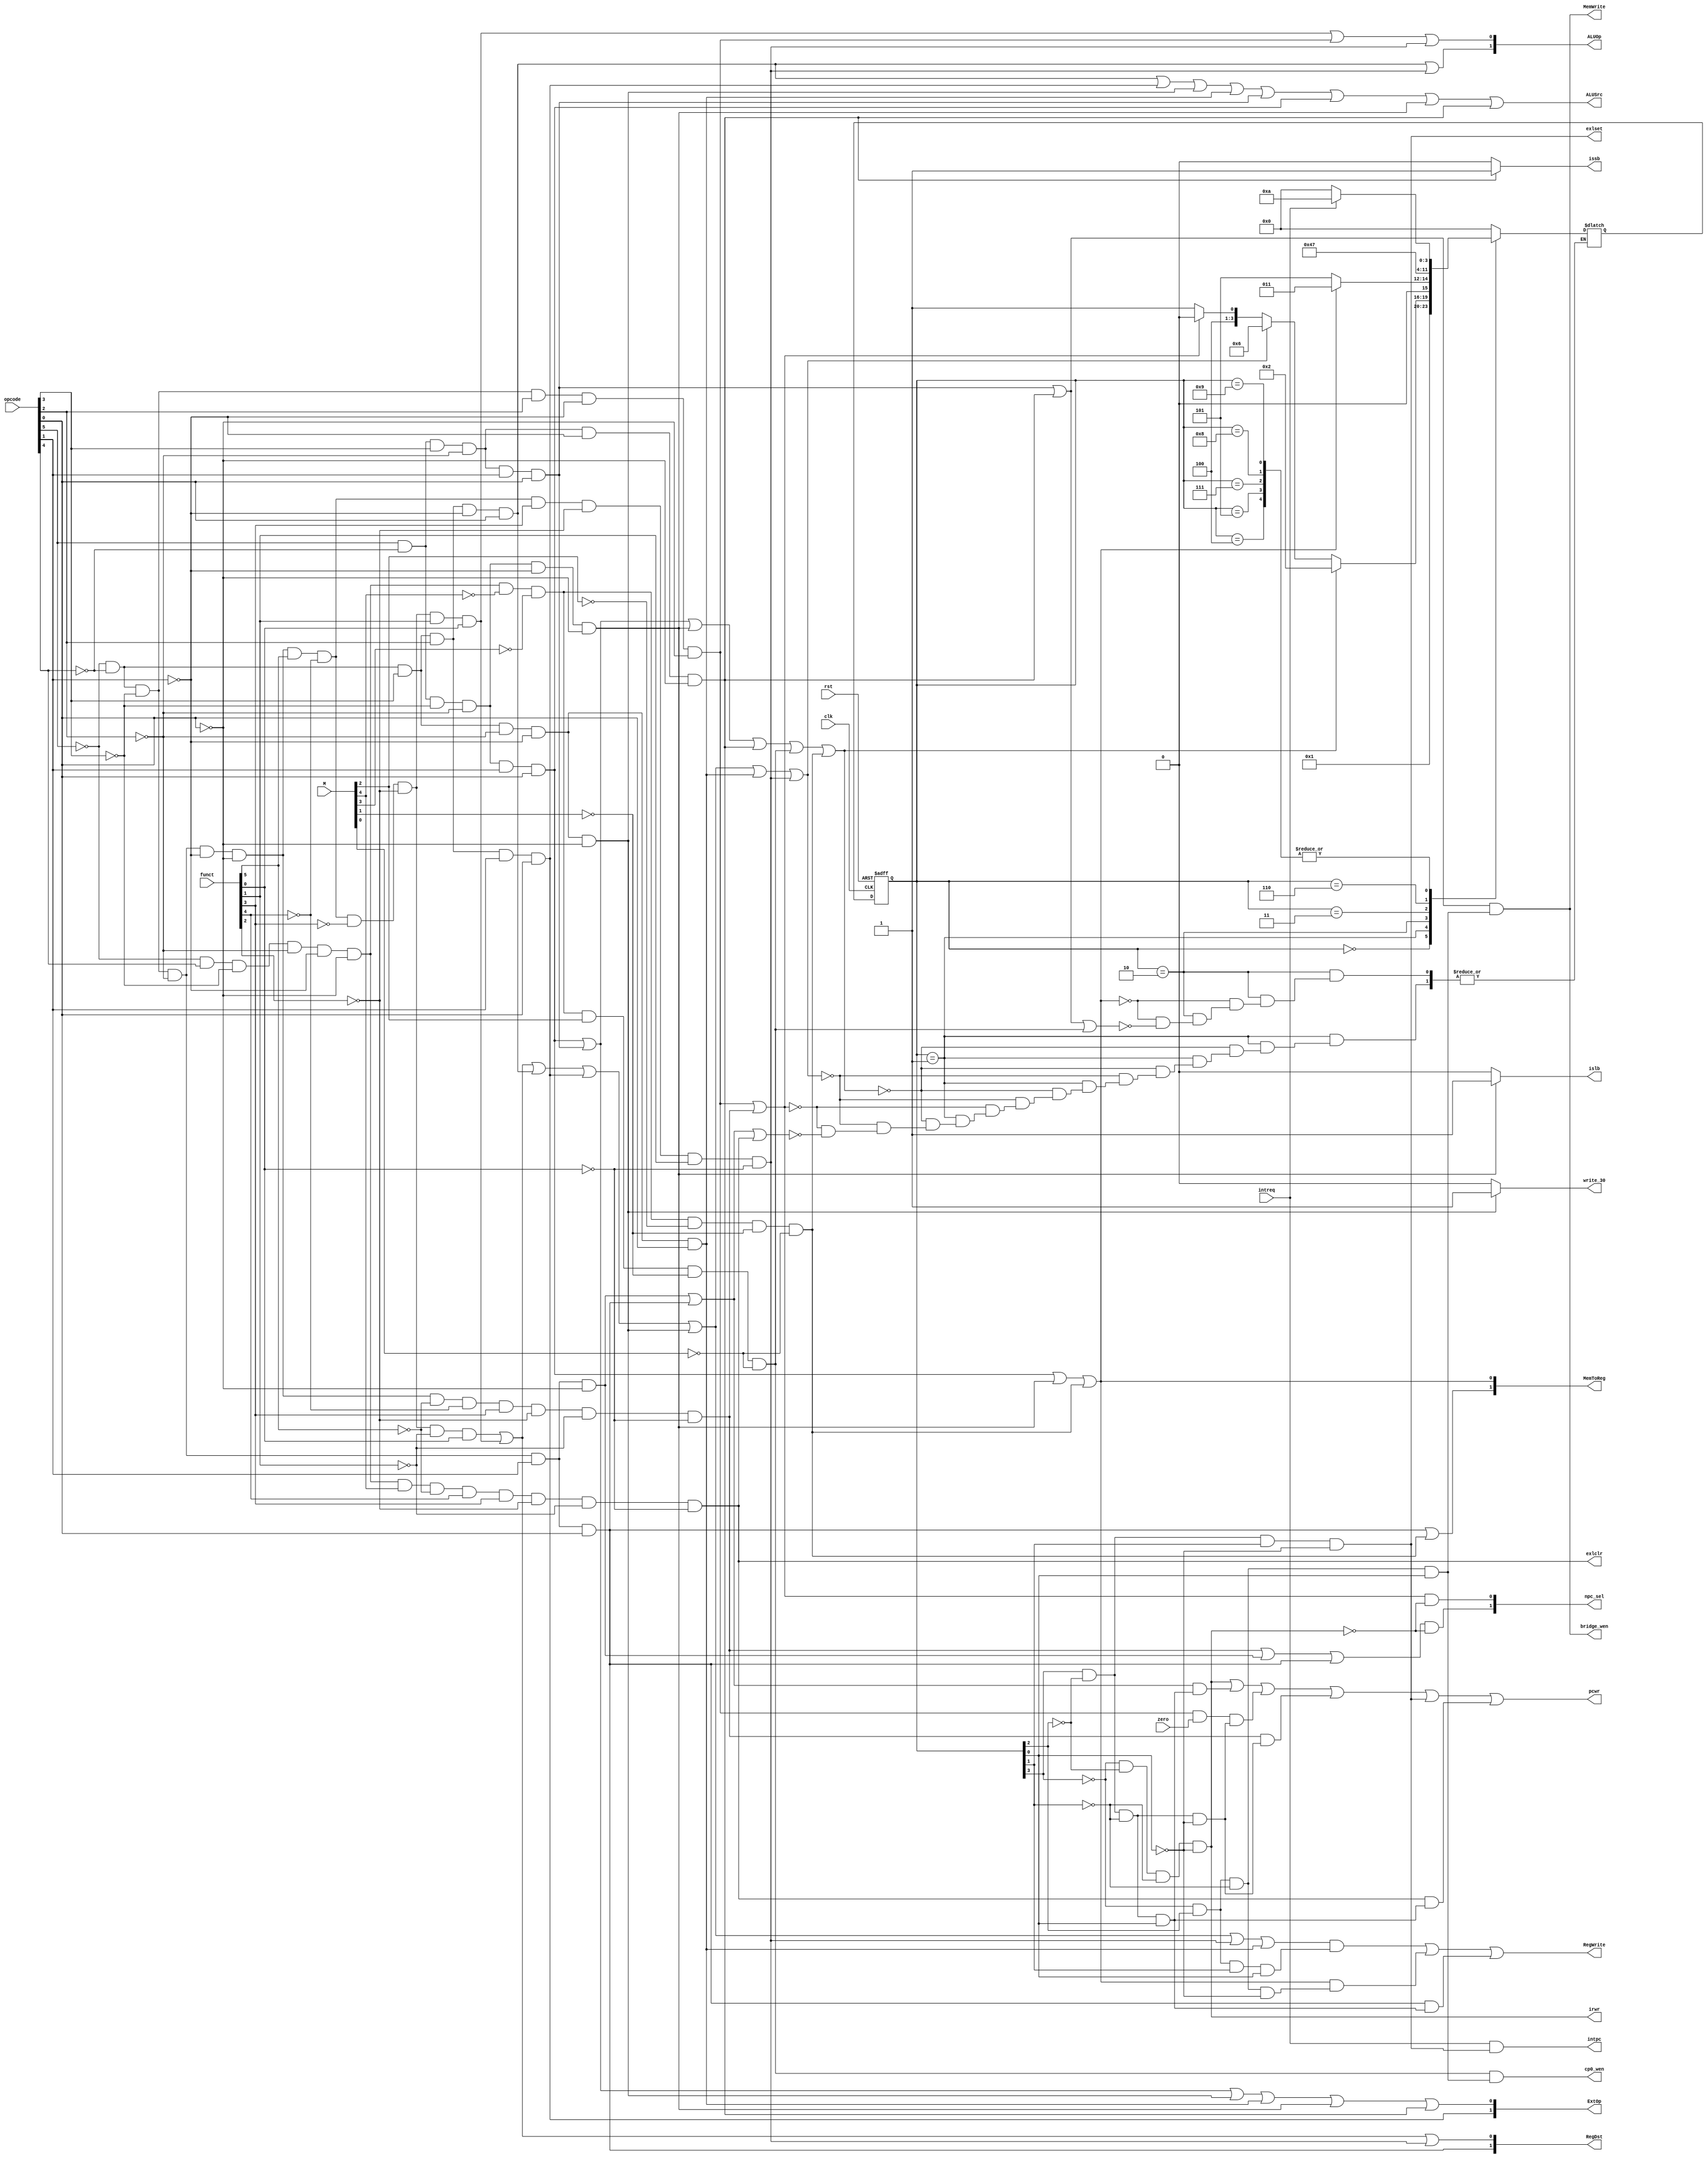
module controller(clk, rst, opcode, funct, zero, RegDst, RegWrite, ALUSrc, MemToReg, MemWrite, npc_sel, ALUOp, ExtOp, write_30, pcwr, irwr, islb, issb, intreq, cp0_wen, bridge_wen, M, exlset, exlclr, intpc);
  input clk, rst;
  input [5:0] opcode, funct;
  input zero;
  output [1:0] RegDst, MemToReg, npc_sel, ALUOp, ExtOp;
  output RegWrite, ALUSrc, MemWrite, write_30, pcwr, irwr;
  output islb, issb;
  
  input [4:0] M;
  input intreq;
  output cp0_wen, bridge_wen, exlset, exlclr, intpc;
  
  parameter [3:0] S0 = 4'b0000;
  parameter [3:0] S1 = 4'b0001;
  parameter [3:0] S2 = 4'b0010;
  parameter [3:0] S3 = 4'b0011;
  parameter [3:0] S4 = 4'b0100;
  parameter [3:0] S5 = 4'b0101;
  parameter [3:0] S6 = 4'b0110;
  parameter [3:0] S7 = 4'b0111;
  parameter [3:0] S8 = 4'b1000;
  parameter [3:0] S9 = 4'b1001;
  parameter [3:0] S10 = 4'b1010;
  
  // funct[5] & funct[4] & funct[3] & funct[2] & funct[1] & funct[0];
  // opcode[5] & opcode[4] & opcode[3] & opcode[2] & opcode[1] & opcode[0];
  wire Rtype = ~opcode[5] & ~opcode[4] & ~opcode[3] & ~opcode[2] & ~opcode[1] & ~opcode[0];
  wire addu = Rtype & funct[5] & ~funct[4] & ~funct[3] & ~funct[2] & ~funct[1] & funct[0];
  wire subu = Rtype & funct[5] & ~funct[4] & ~funct[3] & ~funct[2] & funct[1] & funct[0];
  wire slt = Rtype & funct[5] & ~funct[4] & funct[3] & ~funct[2] & funct[1] & ~funct[0];
  wire jr = Rtype & ~funct[5] & ~funct[4] & funct[3] & ~funct[2] & ~funct[1] & ~funct[0];
  wire ori = ~opcode[5] & ~opcode[4] & opcode[3] & opcode[2] & ~opcode[1] & opcode[0];
  wire lw = opcode[5] & ~opcode[4] & ~opcode[3] & ~opcode[2] & opcode[1] & opcode[0];
  wire sw = opcode[5] & ~opcode[4] & opcode[3] & ~opcode[2] & opcode[1] & opcode[0];
  wire beq = ~opcode[5] & ~opcode[4] & ~opcode[3] & opcode[2] & ~opcode[1] & ~opcode[0];
  wire lui = ~opcode[5] & ~opcode[4] & opcode[3] & opcode[2] & opcode[1] & opcode[0];
  wire j = ~opcode[5] & ~opcode[4] & ~opcode[3] & ~opcode[2] & opcode[1] & ~opcode[0];
  wire addi = ~opcode[5] & ~opcode[4] & opcode[3] & ~opcode[2] & ~opcode[1] & ~opcode[0];
  wire addiu = ~opcode[5] & ~opcode[4] & opcode[3] & ~opcode[2] & ~opcode[1] & opcode[0];
  wire jal = ~opcode[5] & ~opcode[4] & ~opcode[3] & ~opcode[2] & opcode[1] & opcode[0];
  wire lb = opcode[5] & ~opcode[4] & ~opcode[3] & ~opcode[2] & ~opcode[1] & ~opcode[0];
  wire sb = opcode[5] & ~opcode[4] & opcode[3] & ~opcode[2] & ~opcode[1] & ~opcode[0];
  
  wire MTC0 = ~opcode[5] & opcode[4] & ~opcode[3] & ~opcode[2] & ~opcode[1] & ~opcode[0] & ~M[4] & ~M[3] & M[2] & ~M[1] & ~M[0];
  wire MFC0 = ~opcode[5] & opcode[4] & ~opcode[3] & ~opcode[2] & ~opcode[1] & ~opcode[0] & ~M[4] & ~M[3] & ~M[2] & ~M[1] & ~M[0];
  wire ERET = ~opcode[5] & opcode[4] & ~opcode[3] & ~opcode[2] & ~opcode[1] & ~opcode[0] & M[4] & ~funct[5] & funct[4] & funct[3] & ~funct[2] & ~funct[1] & ~funct[0];
  
  // fsm
  reg [3:0] cur_state, next_state;
  always@(posedge clk, posedge rst)
  begin
    if(rst)
      begin
        cur_state <= S0;
      end
    else
      begin
        cur_state <= next_state;
      end
  end
  
  always@(*)
  begin
    case(cur_state)
      S0:
        begin
          next_state = S1;
        end
      S1:
        begin
          if(lw | sw | lb | sb | MTC0 | MFC0)
            begin
              next_state = S2;
            end
          else if(addu | subu | ori | lui | addi | addiu | slt)
            begin
              next_state = S6;
            end
          else if(beq | jr)
            begin
              next_state = S8;
            end
          else if(j | jal | ERET)
            begin
              next_state = S9;
            end
        end
      S2:
        begin
          if(lw | lb | MFC0)
            begin
              next_state = S3;
            end
          else if(sw | sb | MTC0)
            begin
              next_state = S5;
            end
        end
      S3:
        begin
          next_state = S4;
        end
      S4:
        begin
          if(intreq)
            begin
              next_state = S10;
            end
          else
            begin
              next_state = S0;
            end
        end
      S5:
        begin
          if(intreq)
            begin
              next_state = S10;
            end
          else
            begin
              next_state = S0;
            end
        end
      S6:
        begin
          next_state = S7;
        end
      S7:
        begin
          if(intreq)
            begin
              next_state = S10;
            end
          else
            begin
              next_state = S0;
            end
        end
      S8:
        begin
          if(intreq)
            begin
              next_state = S10;
            end
          else
            begin
              next_state = S0;
            end
        end
      S9:
        begin
          if(intreq)
            begin
              next_state = S10;
            end
          else
            begin
              next_state = S0;
            end
        end
      S10:
        begin
          next_state = S0;
        end
      default:
        begin
          next_state = S0;
        end
    endcase
  end
  
  //output [1:0] RegDst, MemToReg, npc_sel, ALUOp, ExtOp;
  //output RegWrite, ALUSrc, MemWrite, write_30, pcwr, irwr, islb, issb;
  assign s0=(~cur_state[3])&(~cur_state[2])&(~cur_state[1])&(~cur_state[0]);
  assign s1=(~cur_state[3])&(~cur_state[2])&(~cur_state[1])&( cur_state[0]);
  assign s2=(~cur_state[3])&(~cur_state[2])&( cur_state[1])&(~cur_state[0]);
  assign s3=(~cur_state[3])&(~cur_state[2])&( cur_state[1])&( cur_state[0]);
  assign s4=(~cur_state[3])&( cur_state[2])&(~cur_state[1])&(~cur_state[0]);
  assign s5=(~cur_state[3])&( cur_state[2])&(~cur_state[1])&( cur_state[0]);
  assign s6=(~cur_state[3])&( cur_state[2])&( cur_state[1])&(~cur_state[0]);
  assign s7=(~cur_state[3])&( cur_state[2])&( cur_state[1])&( cur_state[0]);
  assign s8=( cur_state[3])&(~cur_state[2])&(~cur_state[1])&(~cur_state[0]);
  assign s9=( cur_state[3])&(~cur_state[2])&(~cur_state[1])&( cur_state[0]);
  assign s10=( cur_state[3])&(~cur_state[2])&(cur_state[1])&(~cur_state[0]);
  
  assign RegDst[1] = jal;
  assign RegDst[0] = addu | subu | slt;
  assign MemToReg[1] = jal | MFC0;
  assign MemToReg[0] = lw | lb | MFC0;
  assign npc_sel[1] = (jr | j | jal) & (~s0);
  assign npc_sel[0] = (beq | jr) & (~s0);
  assign ALUOp[1] = ori | slt;
  assign ALUOp[0] = subu | beq | slt;
  assign ExtOp[1] = lui;
  assign ExtOp[0] = lw | sw | addi | addiu | lb | sb;
  assign RegWrite = ((addu | subu | ori | lui | addi | slt | addiu)&s7) | ((lw | lb | MFC0)&s4) | (jal & s9);
  assign ALUSrc = ori | lui | addi | addiu | sw | lw | lb | sb;
  assign MemWrite = (sw | sb) & s5;
  assign write_30 = (addi == 1) ? 1:0;
  assign pcwr = s0 | ((j | jal)&s9) | ((beq&zero)&s8) | (jr & s8) | s10 | (ERET & s9);
  assign irwr = s0;
  assign islb = (lb==1)? 1:0;
  assign issb = (sb==1)? 1:0;
  
  assign cp0_wen = MTC0 & s5;
  assign bridge_wen = (sw | sb) & s5;
  assign exlset = s10;
  assign exlclr = ERET;
  assign intpc = intreq && s10;

endmodule